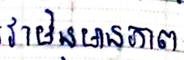
វាមិនមានភាព